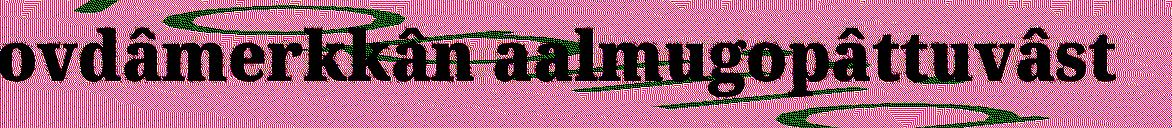
ovdâmerkkân aalmugopâttuvâst